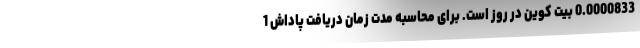
0.0000833 بیت کوین در روز است. برای محاسبه مدت زمان دریافت پاداش 1